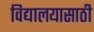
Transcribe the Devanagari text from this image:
विद्यालयासाठी